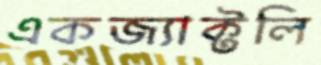
একজ্যাক্টলি